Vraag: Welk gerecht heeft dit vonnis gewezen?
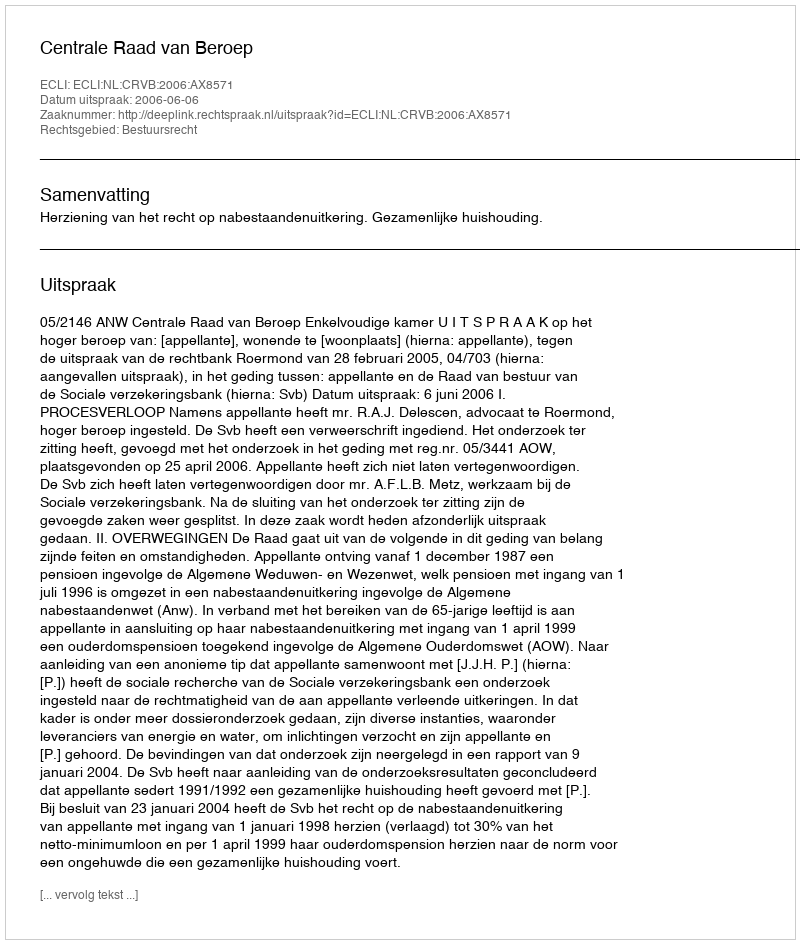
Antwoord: Centrale Raad van Beroep